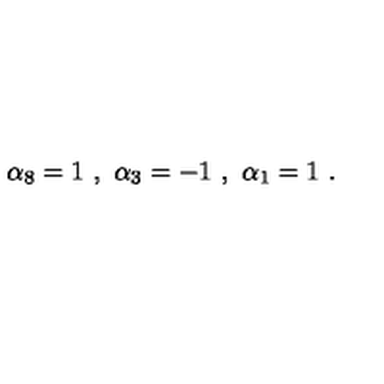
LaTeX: \alpha _ { 8 } = 1 \ , \ \alpha _ { 3 } = - 1 \ , \ \alpha _ { 1 } = 1 \ .